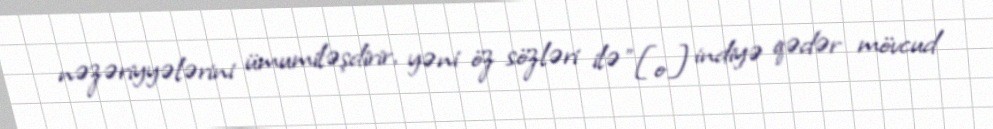
nəzəriyyələrini ümumiləşdirir, yəni öz sözləri ilə "[o] indiyə qədər mövcud